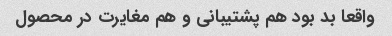
واقعا بد بود هم پشتیبانی و هم مغایرت در محصول